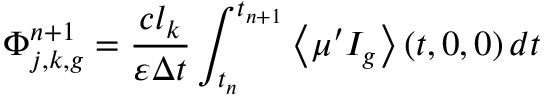
\Phi _ { j , k , g } ^ { n + 1 } = \frac { c l _ { k } } { \varepsilon \Delta t } \int _ { t _ { n } } ^ { t _ { n + 1 } } \left\langle \mu ^ { \prime } I _ { g } \right\rangle \left( t , 0 , 0 \right) d t